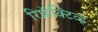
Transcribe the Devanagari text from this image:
रिफ्रॅक्‍टिव्ह